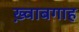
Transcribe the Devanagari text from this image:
ख़्वाबगाह